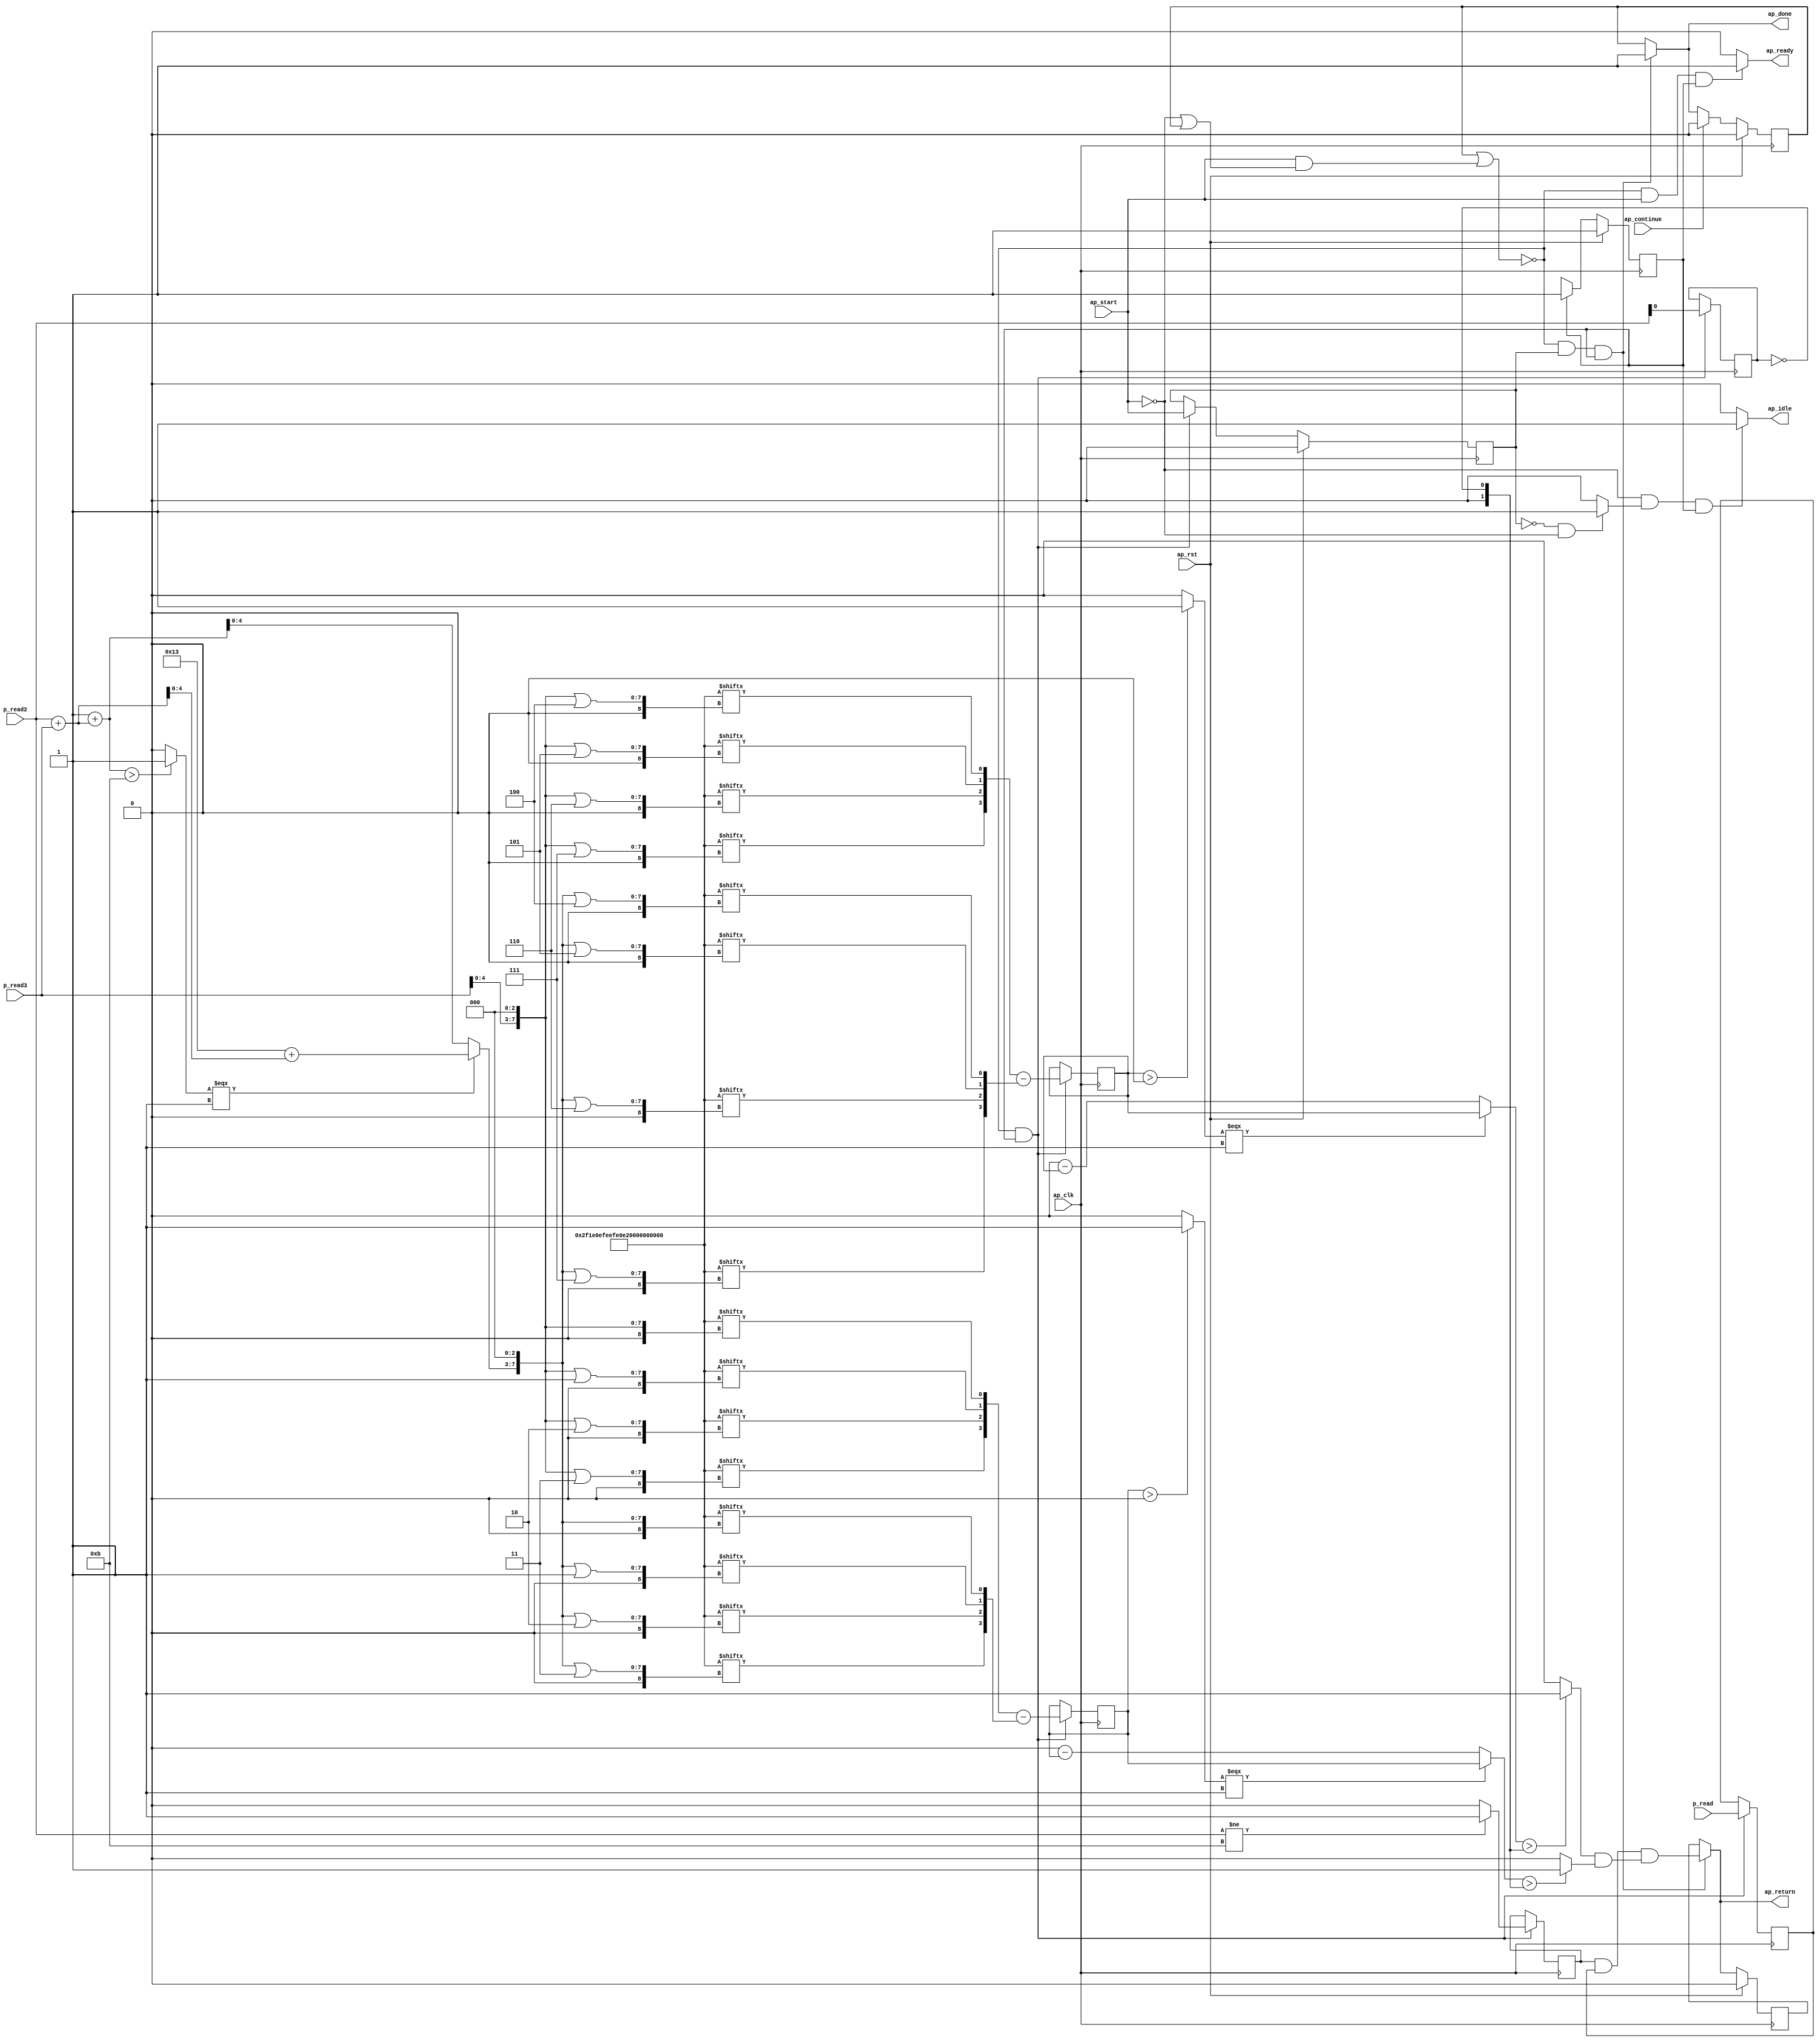
// ==============================================================
// RTL generated by Vivado(TM) HLS - High-Level Synthesis from C, C++ and SystemC
// Version: 2018.1
// Copyright (C) 1986-2018 Xilinx, Inc. All Rights Reserved.
// 
// ===========================================================

`timescale 1 ns / 1 ps 

module finalCornerChecking (
        ap_clk,
        ap_rst,
        ap_start,
        ap_done,
        ap_continue,
        ap_idle,
        ap_ready,
        p_read,
        p_read2,
        p_read3,
        ap_return
);

parameter    ap_ST_fsm_pp0_stage0 = 1'd1;
parameter    ap_const_lv96_2F1E0EFEEFE0E1F202122120 = 96'd14582134052080475801946038560;
















input   ap_clk;
input   ap_rst;
input   ap_start;
output   ap_done;
input   ap_continue;
output   ap_idle;
output   ap_ready;
input  [0:0] p_read;
input  [7:0] p_read2;
input  [7:0] p_read3;
output  [0:0] ap_return;

reg ap_done;
reg ap_idle;
reg ap_ready;
reg[0:0] ap_return;

reg    ap_done_reg;
(* fsm_encoding = "none" *) reg   [0:0] ap_CS_fsm;
wire    ap_CS_fsm_pp0_stage0;
wire    ap_enable_reg_pp0_iter0;
reg    ap_enable_reg_pp0_iter1;
reg    ap_idle_pp0;
reg    ap_block_state1_pp0_stage0_iter0;
wire    ap_block_state2_pp0_stage0_iter1;
reg    ap_block_pp0_stage0_11001;
reg   [0:0] p_read_3_reg_559;
wire   [0:0] r_V_fu_72_p1;
reg   [0:0] r_V_reg_564;
wire   [4:0] r_V_1_fu_462_p2;
reg   [4:0] r_V_1_reg_569;
wire   [4:0] r_V_2_fu_476_p2;
reg   [4:0] r_V_2_reg_576;
wire   [0:0] sel_tmp2_fu_482_p2;
reg   [0:0] sel_tmp2_reg_583;
reg    ap_block_pp0_stage0_subdone;
wire    ap_block_pp0_stage0;
wire   [7:0] tmp_i_i_fu_76_p2;
wire   [7:0] outerEndIdx_fu_82_p2;
wire   [7:0] colIndexBase_V_fu_98_p2;
wire   [31:0] index_assign_12_i_i_fu_104_p1;
wire   [7:0] r_V_i_i_fu_116_p2;
wire   [31:0] index_assign_12_1_i_s_fu_122_p1;
wire   [7:0] r_V_1_i_i_fu_134_p2;
wire   [31:0] index_assign_12_2_i_s_fu_140_p1;
wire   [7:0] r_V_2_i_i_fu_152_p2;
wire   [31:0] index_assign_12_3_i_s_fu_158_p1;
wire   [0:0] tmp_159_fu_162_p3;
wire   [0:0] tmp_158_fu_144_p3;
wire   [0:0] tmp_157_fu_126_p3;
wire   [0:0] tmp_156_fu_108_p3;
wire   [7:0] r_V_3_i_i_fu_182_p2;
wire   [31:0] index_assign_12_4_i_s_fu_188_p1;
wire   [7:0] r_V_4_i_i_fu_200_p2;
wire   [31:0] index_assign_12_5_i_s_fu_206_p1;
wire   [7:0] r_V_5_i_i_fu_218_p2;
wire   [31:0] index_assign_12_6_i_s_fu_224_p1;
wire   [7:0] r_V_6_i_i_fu_236_p2;
wire   [31:0] index_assign_12_7_i_s_fu_242_p1;
wire   [4:0] tmp_154_fu_94_p1;
wire   [0:0] tmp_i_i_48_fu_88_p2;
wire   [4:0] tmp_164_fu_254_p2;
wire   [4:0] tmp_165_fu_260_p1;
wire   [4:0] tmp_s_fu_264_p3;
wire   [7:0] colIndexBase_V_1_fu_272_p3;
wire   [31:0] index_assign_14_i_i_fu_280_p1;
wire   [7:0] r_V_14_i_i_fu_292_p2;
wire   [31:0] index_assign_14_1_i_s_fu_298_p1;
wire   [7:0] r_V_14_1_i_i_fu_310_p2;
wire   [31:0] index_assign_14_2_i_s_fu_316_p1;
wire   [7:0] r_V_14_2_i_i_fu_328_p2;
wire   [31:0] index_assign_14_3_i_s_fu_334_p1;
wire   [0:0] tmp_169_fu_338_p3;
wire   [0:0] tmp_168_fu_320_p3;
wire   [0:0] tmp_167_fu_302_p3;
wire   [0:0] tmp_166_fu_284_p3;
wire   [7:0] r_V_14_3_i_i_fu_358_p2;
wire   [31:0] index_assign_14_4_i_s_fu_364_p1;
wire   [7:0] r_V_14_4_i_i_fu_376_p2;
wire   [31:0] index_assign_14_5_i_s_fu_382_p1;
wire   [7:0] r_V_14_5_i_i_fu_394_p2;
wire   [31:0] index_assign_14_6_i_s_fu_400_p1;
wire   [7:0] r_V_14_6_i_i_fu_412_p2;
wire   [31:0] index_assign_14_7_i_s_fu_418_p1;
wire   [0:0] tmp_163_fu_246_p3;
wire   [0:0] tmp_162_fu_228_p3;
wire   [0:0] tmp_161_fu_210_p3;
wire   [0:0] tmp_160_fu_192_p3;
wire   [0:0] tmp_173_fu_422_p3;
wire   [0:0] tmp_172_fu_404_p3;
wire   [0:0] tmp_171_fu_386_p3;
wire   [0:0] tmp_170_fu_368_p3;
wire   [3:0] outerStartX_V_fu_170_p5;
wire   [3:0] outerEndX_V_fu_346_p5;
wire  signed [4:0] lhs_V_fu_454_p1;
wire  signed [4:0] rhs_V_fu_458_p1;
wire   [3:0] outerStartY_V_fu_430_p5;
wire   [3:0] outerEndY_V_fu_442_p5;
wire  signed [4:0] lhs_V_1_fu_468_p1;
wire  signed [4:0] rhs_V_1_fu_472_p1;
wire   [0:0] abscond_i_i_fu_493_p2;
wire   [4:0] neg_i_i_fu_488_p2;
wire   [0:0] tmp_43_i_i_fu_505_p2;
wire   [4:0] abs_i_i_fu_498_p3;
wire   [4:0] tmp_44_cast_i_i_fu_510_p1;
wire   [0:0] abscond1_i_i_fu_525_p2;
wire   [4:0] neg1_i_i_fu_520_p2;
wire   [4:0] abs1_i_i_fu_530_p3;
wire   [0:0] tmp_45_i_i_fu_514_p2;
wire   [0:0] tmp_47_i_i_fu_537_p2;
wire   [0:0] tmp2_fu_547_p2;
wire   [0:0] tmp_fu_543_p2;
wire   [0:0] isCornerOut_V_write_s_fu_553_p2;
reg   [0:0] ap_return_preg;
reg   [0:0] ap_NS_fsm;
reg    ap_idle_pp0_0to0;
reg    ap_reset_idle_pp0;
wire    ap_enable_pp0;

// power-on initialization
initial begin
#0 ap_done_reg = 1'b0;
#0 ap_CS_fsm = 1'd1;
#0 ap_enable_reg_pp0_iter1 = 1'b0;
#0 ap_return_preg = 1'd0;
end

always @ (posedge ap_clk) begin
    if (ap_rst == 1'b1) begin
        ap_CS_fsm <= ap_ST_fsm_pp0_stage0;
    end else begin
        ap_CS_fsm <= ap_NS_fsm;
    end
end

always @ (posedge ap_clk) begin
    if (ap_rst == 1'b1) begin
        ap_done_reg <= 1'b0;
    end else begin
        if ((ap_continue == 1'b1)) begin
            ap_done_reg <= 1'b0;
        end else if (((1'b0 == ap_block_pp0_stage0_11001) & (ap_enable_reg_pp0_iter1 == 1'b1) & (1'b1 == ap_CS_fsm_pp0_stage0))) begin
            ap_done_reg <= 1'b1;
        end
    end
end

always @ (posedge ap_clk) begin
    if (ap_rst == 1'b1) begin
        ap_enable_reg_pp0_iter1 <= 1'b0;
    end else begin
        if (((1'b0 == ap_block_pp0_stage0_subdone) & (1'b1 == ap_CS_fsm_pp0_stage0))) begin
            ap_enable_reg_pp0_iter1 <= ap_start;
        end
    end
end

always @ (posedge ap_clk) begin
    if (ap_rst == 1'b1) begin
        ap_return_preg <= 1'd0;
    end else begin
        if (((1'b0 == ap_block_pp0_stage0_11001) & (ap_enable_reg_pp0_iter1 == 1'b1) & (1'b1 == ap_CS_fsm_pp0_stage0))) begin
            ap_return_preg <= isCornerOut_V_write_s_fu_553_p2;
        end
    end
end

always @ (posedge ap_clk) begin
    if (((1'b0 == ap_block_pp0_stage0_11001) & (1'b1 == ap_CS_fsm_pp0_stage0))) begin
        p_read_3_reg_559 <= p_read;
        r_V_1_reg_569 <= r_V_1_fu_462_p2;
        r_V_2_reg_576 <= r_V_2_fu_476_p2;
        r_V_reg_564 <= r_V_fu_72_p1;
        sel_tmp2_reg_583 <= sel_tmp2_fu_482_p2;
    end
end

always @ (*) begin
    if (((1'b0 == ap_block_pp0_stage0_11001) & (ap_enable_reg_pp0_iter1 == 1'b1) & (1'b1 == ap_CS_fsm_pp0_stage0))) begin
        ap_done = 1'b1;
    end else begin
        ap_done = ap_done_reg;
    end
end

always @ (*) begin
    if (((ap_start == 1'b0) & (ap_idle_pp0 == 1'b1) & (1'b1 == ap_CS_fsm_pp0_stage0))) begin
        ap_idle = 1'b1;
    end else begin
        ap_idle = 1'b0;
    end
end

always @ (*) begin
    if (((ap_enable_reg_pp0_iter1 == 1'b0) & (ap_enable_reg_pp0_iter0 == 1'b0))) begin
        ap_idle_pp0 = 1'b1;
    end else begin
        ap_idle_pp0 = 1'b0;
    end
end

always @ (*) begin
    if ((ap_enable_reg_pp0_iter0 == 1'b0)) begin
        ap_idle_pp0_0to0 = 1'b1;
    end else begin
        ap_idle_pp0_0to0 = 1'b0;
    end
end

always @ (*) begin
    if (((1'b0 == ap_block_pp0_stage0_11001) & (ap_start == 1'b1) & (1'b1 == ap_CS_fsm_pp0_stage0))) begin
        ap_ready = 1'b1;
    end else begin
        ap_ready = 1'b0;
    end
end

always @ (*) begin
    if (((ap_start == 1'b0) & (ap_idle_pp0_0to0 == 1'b1))) begin
        ap_reset_idle_pp0 = 1'b1;
    end else begin
        ap_reset_idle_pp0 = 1'b0;
    end
end

always @ (*) begin
    if (((1'b0 == ap_block_pp0_stage0_11001) & (ap_enable_reg_pp0_iter1 == 1'b1) & (1'b1 == ap_CS_fsm_pp0_stage0))) begin
        ap_return = isCornerOut_V_write_s_fu_553_p2;
    end else begin
        ap_return = ap_return_preg;
    end
end

always @ (*) begin
    case (ap_CS_fsm)
        ap_ST_fsm_pp0_stage0 : begin
            ap_NS_fsm = ap_ST_fsm_pp0_stage0;
        end
        default : begin
            ap_NS_fsm = 'bx;
        end
    endcase
end

assign abs1_i_i_fu_530_p3 = ((abscond1_i_i_fu_525_p2[0:0] === 1'b1) ? r_V_2_reg_576 : neg1_i_i_fu_520_p2);

assign abs_i_i_fu_498_p3 = ((abscond_i_i_fu_493_p2[0:0] === 1'b1) ? r_V_1_reg_569 : neg_i_i_fu_488_p2);

assign abscond1_i_i_fu_525_p2 = (($signed(r_V_2_reg_576) > $signed(5'd0)) ? 1'b1 : 1'b0);

assign abscond_i_i_fu_493_p2 = (($signed(r_V_1_reg_569) > $signed(5'd0)) ? 1'b1 : 1'b0);

assign ap_CS_fsm_pp0_stage0 = ap_CS_fsm[32'd0];

assign ap_block_pp0_stage0 = ~(1'b1 == 1'b1);

always @ (*) begin
    ap_block_pp0_stage0_11001 = ((ap_done_reg == 1'b1) | ((ap_start == 1'b1) & ((ap_start == 1'b0) | (ap_done_reg == 1'b1))));
end

always @ (*) begin
    ap_block_pp0_stage0_subdone = ((ap_done_reg == 1'b1) | ((ap_start == 1'b1) & ((ap_start == 1'b0) | (ap_done_reg == 1'b1))));
end

always @ (*) begin
    ap_block_state1_pp0_stage0_iter0 = ((ap_start == 1'b0) | (ap_done_reg == 1'b1));
end

assign ap_block_state2_pp0_stage0_iter1 = ~(1'b1 == 1'b1);

assign ap_enable_pp0 = (ap_idle_pp0 ^ 1'b1);

assign ap_enable_reg_pp0_iter0 = ap_start;

assign colIndexBase_V_1_fu_272_p3 = {{tmp_s_fu_264_p3}, {3'd0}};

assign colIndexBase_V_fu_98_p2 = p_read3 << 8'd3;

assign index_assign_12_1_i_s_fu_122_p1 = r_V_i_i_fu_116_p2;

assign index_assign_12_2_i_s_fu_140_p1 = r_V_1_i_i_fu_134_p2;

assign index_assign_12_3_i_s_fu_158_p1 = r_V_2_i_i_fu_152_p2;

assign index_assign_12_4_i_s_fu_188_p1 = r_V_3_i_i_fu_182_p2;

assign index_assign_12_5_i_s_fu_206_p1 = r_V_4_i_i_fu_200_p2;

assign index_assign_12_6_i_s_fu_224_p1 = r_V_5_i_i_fu_218_p2;

assign index_assign_12_7_i_s_fu_242_p1 = r_V_6_i_i_fu_236_p2;

assign index_assign_12_i_i_fu_104_p1 = colIndexBase_V_fu_98_p2;

assign index_assign_14_1_i_s_fu_298_p1 = r_V_14_i_i_fu_292_p2;

assign index_assign_14_2_i_s_fu_316_p1 = r_V_14_1_i_i_fu_310_p2;

assign index_assign_14_3_i_s_fu_334_p1 = r_V_14_2_i_i_fu_328_p2;

assign index_assign_14_4_i_s_fu_364_p1 = r_V_14_3_i_i_fu_358_p2;

assign index_assign_14_5_i_s_fu_382_p1 = r_V_14_4_i_i_fu_376_p2;

assign index_assign_14_6_i_s_fu_400_p1 = r_V_14_5_i_i_fu_394_p2;

assign index_assign_14_7_i_s_fu_418_p1 = r_V_14_6_i_i_fu_412_p2;

assign index_assign_14_i_i_fu_280_p1 = colIndexBase_V_1_fu_272_p3;

assign isCornerOut_V_write_s_fu_553_p2 = (tmp_fu_543_p2 & tmp2_fu_547_p2);

assign lhs_V_1_fu_468_p1 = $signed(outerStartY_V_fu_430_p5);

assign lhs_V_fu_454_p1 = $signed(outerStartX_V_fu_170_p5);

assign neg1_i_i_fu_520_p2 = (5'd0 - r_V_2_reg_576);

assign neg_i_i_fu_488_p2 = (5'd0 - r_V_1_reg_569);

assign outerEndIdx_fu_82_p2 = ($signed(8'd255) + $signed(tmp_i_i_fu_76_p2));

assign outerEndX_V_fu_346_p5 = {{{{tmp_169_fu_338_p3}, {tmp_168_fu_320_p3}}, {tmp_167_fu_302_p3}}, {tmp_166_fu_284_p3}};

assign outerEndY_V_fu_442_p5 = {{{{tmp_173_fu_422_p3}, {tmp_172_fu_404_p3}}, {tmp_171_fu_386_p3}}, {tmp_170_fu_368_p3}};

assign outerStartX_V_fu_170_p5 = {{{{tmp_159_fu_162_p3}, {tmp_158_fu_144_p3}}, {tmp_157_fu_126_p3}}, {tmp_156_fu_108_p3}};

assign outerStartY_V_fu_430_p5 = {{{{tmp_163_fu_246_p3}, {tmp_162_fu_228_p3}}, {tmp_161_fu_210_p3}}, {tmp_160_fu_192_p3}};

assign r_V_14_1_i_i_fu_310_p2 = (colIndexBase_V_1_fu_272_p3 | 8'd2);

assign r_V_14_2_i_i_fu_328_p2 = (colIndexBase_V_1_fu_272_p3 | 8'd3);

assign r_V_14_3_i_i_fu_358_p2 = (colIndexBase_V_1_fu_272_p3 | 8'd4);

assign r_V_14_4_i_i_fu_376_p2 = (colIndexBase_V_1_fu_272_p3 | 8'd5);

assign r_V_14_5_i_i_fu_394_p2 = (colIndexBase_V_1_fu_272_p3 | 8'd6);

assign r_V_14_6_i_i_fu_412_p2 = (colIndexBase_V_1_fu_272_p3 | 8'd7);

assign r_V_14_i_i_fu_292_p2 = (colIndexBase_V_1_fu_272_p3 | 8'd1);

assign r_V_1_fu_462_p2 = ($signed(lhs_V_fu_454_p1) - $signed(rhs_V_fu_458_p1));

assign r_V_1_i_i_fu_134_p2 = (colIndexBase_V_fu_98_p2 | 8'd2);

assign r_V_2_fu_476_p2 = ($signed(lhs_V_1_fu_468_p1) - $signed(rhs_V_1_fu_472_p1));

assign r_V_2_i_i_fu_152_p2 = (colIndexBase_V_fu_98_p2 | 8'd3);

assign r_V_3_i_i_fu_182_p2 = (colIndexBase_V_fu_98_p2 | 8'd4);

assign r_V_4_i_i_fu_200_p2 = (colIndexBase_V_fu_98_p2 | 8'd5);

assign r_V_5_i_i_fu_218_p2 = (colIndexBase_V_fu_98_p2 | 8'd6);

assign r_V_6_i_i_fu_236_p2 = (colIndexBase_V_fu_98_p2 | 8'd7);

assign r_V_fu_72_p1 = p_read2[0:0];

assign r_V_i_i_fu_116_p2 = (colIndexBase_V_fu_98_p2 | 8'd1);

assign rhs_V_1_fu_472_p1 = $signed(outerEndY_V_fu_442_p5);

assign rhs_V_fu_458_p1 = $signed(outerEndX_V_fu_346_p5);

assign sel_tmp2_fu_482_p2 = ((p_read2 != 8'd11) ? 1'b1 : 1'b0);

assign tmp2_fu_547_p2 = (tmp_47_i_i_fu_537_p2 & tmp_45_i_i_fu_514_p2);

assign tmp_154_fu_94_p1 = tmp_i_i_fu_76_p2[4:0];

assign tmp_156_fu_108_p3 = ap_const_lv96_2F1E0EFEEFE0E1F202122120[index_assign_12_i_i_fu_104_p1];

assign tmp_157_fu_126_p3 = ap_const_lv96_2F1E0EFEEFE0E1F202122120[index_assign_12_1_i_s_fu_122_p1];

assign tmp_158_fu_144_p3 = ap_const_lv96_2F1E0EFEEFE0E1F202122120[index_assign_12_2_i_s_fu_140_p1];

assign tmp_159_fu_162_p3 = ap_const_lv96_2F1E0EFEEFE0E1F202122120[index_assign_12_3_i_s_fu_158_p1];

assign tmp_160_fu_192_p3 = ap_const_lv96_2F1E0EFEEFE0E1F202122120[index_assign_12_4_i_s_fu_188_p1];

assign tmp_161_fu_210_p3 = ap_const_lv96_2F1E0EFEEFE0E1F202122120[index_assign_12_5_i_s_fu_206_p1];

assign tmp_162_fu_228_p3 = ap_const_lv96_2F1E0EFEEFE0E1F202122120[index_assign_12_6_i_s_fu_224_p1];

assign tmp_163_fu_246_p3 = ap_const_lv96_2F1E0EFEEFE0E1F202122120[index_assign_12_7_i_s_fu_242_p1];

assign tmp_164_fu_254_p2 = ($signed(5'd19) + $signed(tmp_154_fu_94_p1));

assign tmp_165_fu_260_p1 = outerEndIdx_fu_82_p2[4:0];

assign tmp_166_fu_284_p3 = ap_const_lv96_2F1E0EFEEFE0E1F202122120[index_assign_14_i_i_fu_280_p1];

assign tmp_167_fu_302_p3 = ap_const_lv96_2F1E0EFEEFE0E1F202122120[index_assign_14_1_i_s_fu_298_p1];

assign tmp_168_fu_320_p3 = ap_const_lv96_2F1E0EFEEFE0E1F202122120[index_assign_14_2_i_s_fu_316_p1];

assign tmp_169_fu_338_p3 = ap_const_lv96_2F1E0EFEEFE0E1F202122120[index_assign_14_3_i_s_fu_334_p1];

assign tmp_170_fu_368_p3 = ap_const_lv96_2F1E0EFEEFE0E1F202122120[index_assign_14_4_i_s_fu_364_p1];

assign tmp_171_fu_386_p3 = ap_const_lv96_2F1E0EFEEFE0E1F202122120[index_assign_14_5_i_s_fu_382_p1];

assign tmp_172_fu_404_p3 = ap_const_lv96_2F1E0EFEEFE0E1F202122120[index_assign_14_6_i_s_fu_400_p1];

assign tmp_173_fu_422_p3 = ap_const_lv96_2F1E0EFEEFE0E1F202122120[index_assign_14_7_i_s_fu_418_p1];

assign tmp_43_i_i_fu_505_p2 = (r_V_reg_564 ^ 1'd1);

assign tmp_44_cast_i_i_fu_510_p1 = tmp_43_i_i_fu_505_p2;

assign tmp_45_i_i_fu_514_p2 = (($signed(abs_i_i_fu_498_p3) > $signed(tmp_44_cast_i_i_fu_510_p1)) ? 1'b1 : 1'b0);

assign tmp_47_i_i_fu_537_p2 = (($signed(abs1_i_i_fu_530_p3) > $signed(tmp_44_cast_i_i_fu_510_p1)) ? 1'b1 : 1'b0);

assign tmp_fu_543_p2 = (sel_tmp2_reg_583 & p_read_3_reg_559);

assign tmp_i_i_48_fu_88_p2 = ((outerEndIdx_fu_82_p2 > 8'd11) ? 1'b1 : 1'b0);

assign tmp_i_i_fu_76_p2 = (p_read2 + p_read3);

assign tmp_s_fu_264_p3 = ((tmp_i_i_48_fu_88_p2[0:0] === 1'b1) ? tmp_164_fu_254_p2 : tmp_165_fu_260_p1);

endmodule //finalCornerChecking